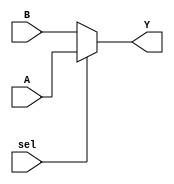
module conditional_assignment (
    input wire A,       // Input signal A
    input wire B,       // Input signal B
    input wire sel,     // Control signal for selection
    output wire Y       // Output signal
);

// Continuous assignment using the ternary operator
assign Y = (sel) ? A : B; // If sel is true, Y takes the value of A; otherwise, it takes the value of B

endmodule